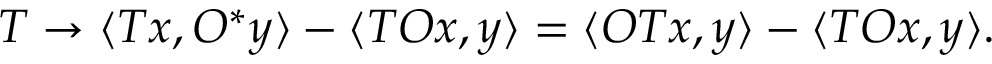
T \to \langle T x , O ^ { * } y \rangle - \langle T O x , y \rangle = \langle O T x , y \rangle - \langle T O x , y \rangle .